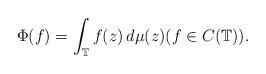
LaTeX: \begin{align*}\Phi(f)=\int_\mathbb{T}f(z) \, d\mu(z) (f\in C(\mathbb{T})).\end{align*}